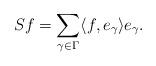
LaTeX: \begin{align*}S f = \sum_{\gamma \in \Gamma} \langle f, e_\gamma \rangle e_\gamma .\end{align*}